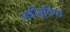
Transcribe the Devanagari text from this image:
जड़ीबूटियां